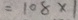
= 1 0 8 \times 1